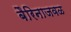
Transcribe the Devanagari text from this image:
बैरिनाजवळ